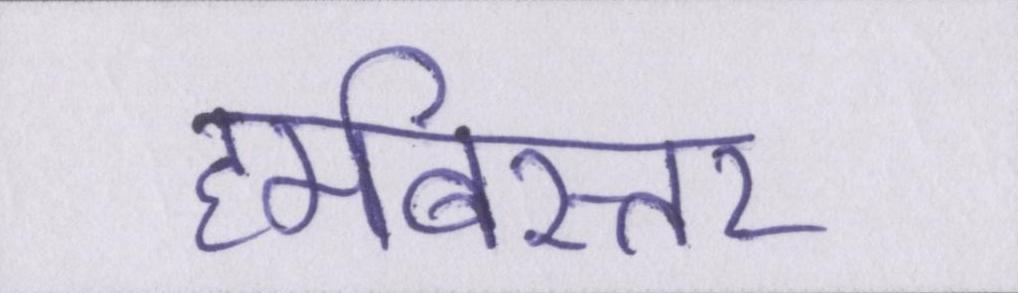
हमबिस्तर